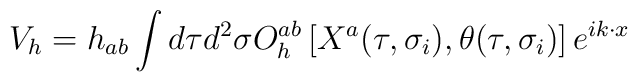
V_{h}= h_{a b}\int d\tau d^2 \sigma O^{ab}_h\left[X^a(\tau,\sigma_i),\theta(\tau,\sigma_i)\right]e^{i  k \cdot x}